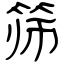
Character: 筛